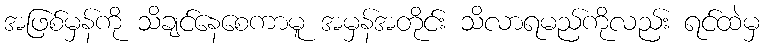
အဖြစ်မှန်ကို သိချင်နေစေကာမူ အမှန်အတိုင်း သိလာရမည်ကိုလည်း ရင်ထဲမှ